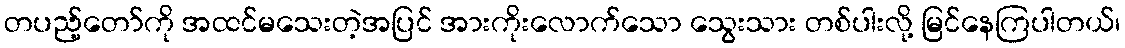
တပည့်တော်ကို အထင်မသေးတဲ့အပြင် အားကိုးလောက်သော သွေးသား တစ်ပါးလို့ မြင်နေကြပါတယ်၊